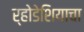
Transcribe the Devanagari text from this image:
र्‍होडेशियाचा